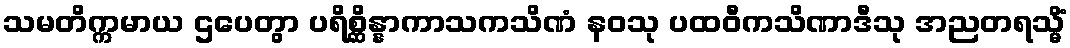
သမတိက္ကမာယ ဌပေတွာ ပရိစ္ဆိန္နာကာသကသိဏံ နဝသု ပထဝီကသိဏာဒီသု အညတရသ္မိံ